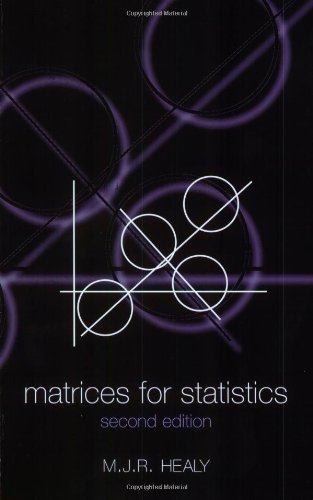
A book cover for Matrices for Statistics; M. J. R. Healy; Science & Math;